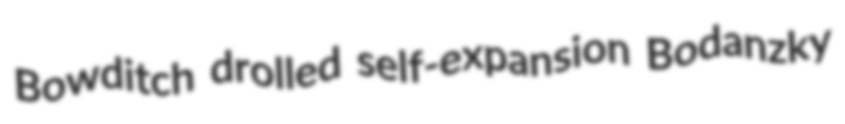
Bowditch drolled self-expansion Bodanzky